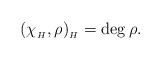
LaTeX: \begin{align*}(\chi_{_H},\rho)_{_H}=\deg \rho.\end{align*}